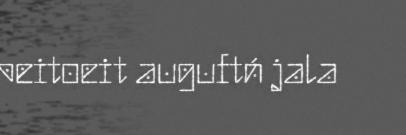
peitoeit auguftń jala